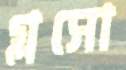
গ্লসো